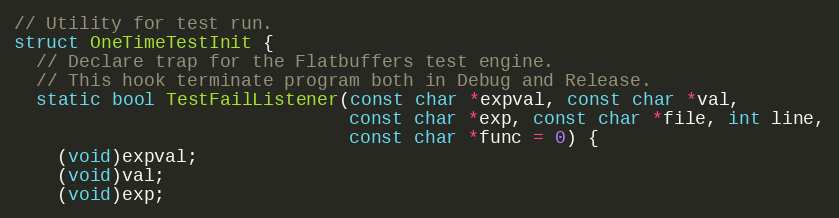
Language: C
// Utility for test run.
struct OneTimeTestInit {
  // Declare trap for the Flatbuffers test engine.
  // This hook terminate program both in Debug and Release.
  static bool TestFailListener(const char *expval, const char *val,
                               const char *exp, const char *file, int line,
                               const char *func = 0) {
    (void)expval;
    (void)val;
    (void)exp;